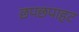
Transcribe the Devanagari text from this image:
छपछपाहट